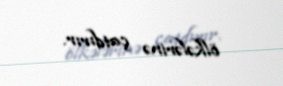
ölkələrinə çatdırır.